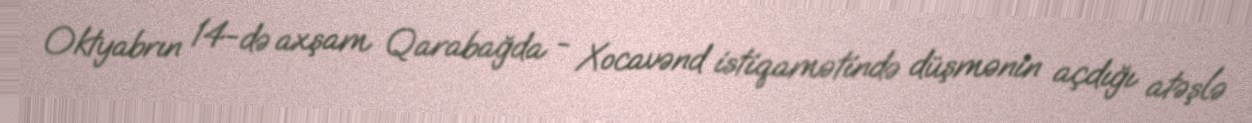
Oktyabrın 14-də axşam Qarabağda - Xocavənd istiqamətində düşmənin açdığı atəşlə